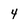
Character: 4